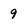
Character: 9